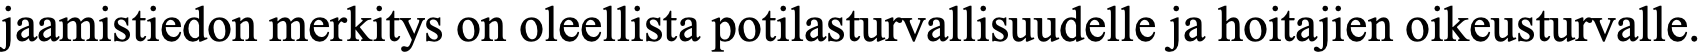
jaamistiedon merkitys on oleellista potilasturvallisuudelle ja hoitajien oikeusturvalle.